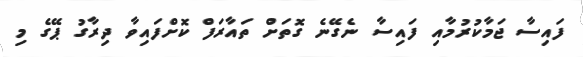
ފައިސާ ޖަމާކުރުމާއި ފައިސާ ނެގޭނެ ގޮތަށް ތައާރަފް ކޮށްފައިވާ ދިރާގު ޕޭގެ މި